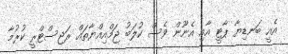
އެއީ ބަނޑިޔާ ޕާޓީ އާއި އެނޫން ވެސް ކުލަބު ޖަމްއިއްޔާތައް ރަޖިސްޓްރީ ކުރުމާ